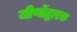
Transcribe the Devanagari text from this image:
जीर्णोद्धारक